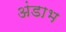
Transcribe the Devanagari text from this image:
अंडाभ